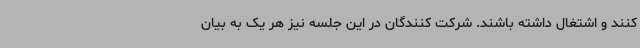
کنند و اشتغال داشته باشند. شرکت کنندگان در این جلسه نیز هر یک به بیان